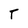
Character: T